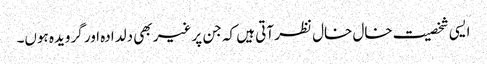
ایسی شخصیت خال خال نظر آتی ہیں کہ جن پر غیر بھی دلدادہ اور گرویدہ ہوں۔